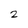
Character: 2